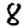
Digit: 8